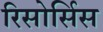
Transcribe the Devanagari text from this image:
रिसोर्सिस